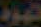
هوة